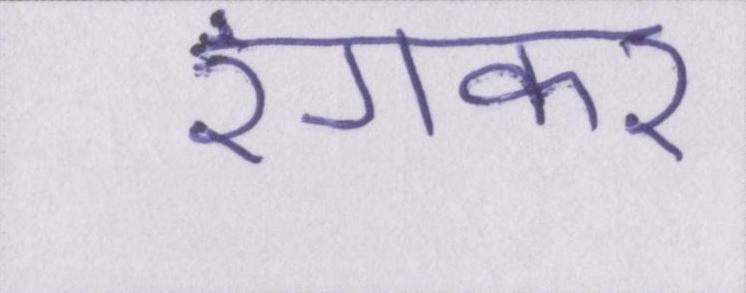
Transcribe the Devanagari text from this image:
रंगकर